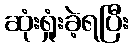
ဆုံးရှုံးခဲ့ရပြီး